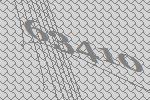
63410